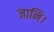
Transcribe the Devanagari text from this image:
जानि।